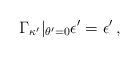
LaTeX: \begin{align*}\Gamma_{\kappa'}|_{\theta'=0}\epsilon'=\epsilon'\,,\end{align*}